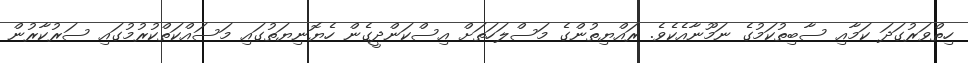
ހިތްވަރުގަދަ ކަމާއި ސާބިތުކަމުގެ ނަމޫނާއެކެވެ. ރައްޔިތުންގެ މަސްލަހަތަށް އިސްކަންދީގެން ހެޔޮނިޔަތުގައި މަސައްކަތްކުރުމުގައި ސަރުކާރުން